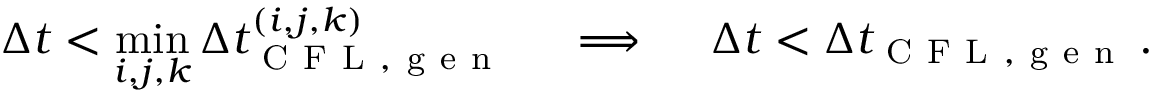
\Delta t < \operatorname* { m i n } _ { i , j , k } \Delta t _ { \mathrm { ~ C ~ F ~ L ~ , ~ g ~ e ~ n ~ } } ^ { ( i , j , k ) } \quad \implies \quad \Delta t < \Delta t _ { \mathrm { ~ C ~ F ~ L ~ , ~ g ~ e ~ n ~ } } \, .